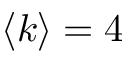
\langle k \rangle = 4